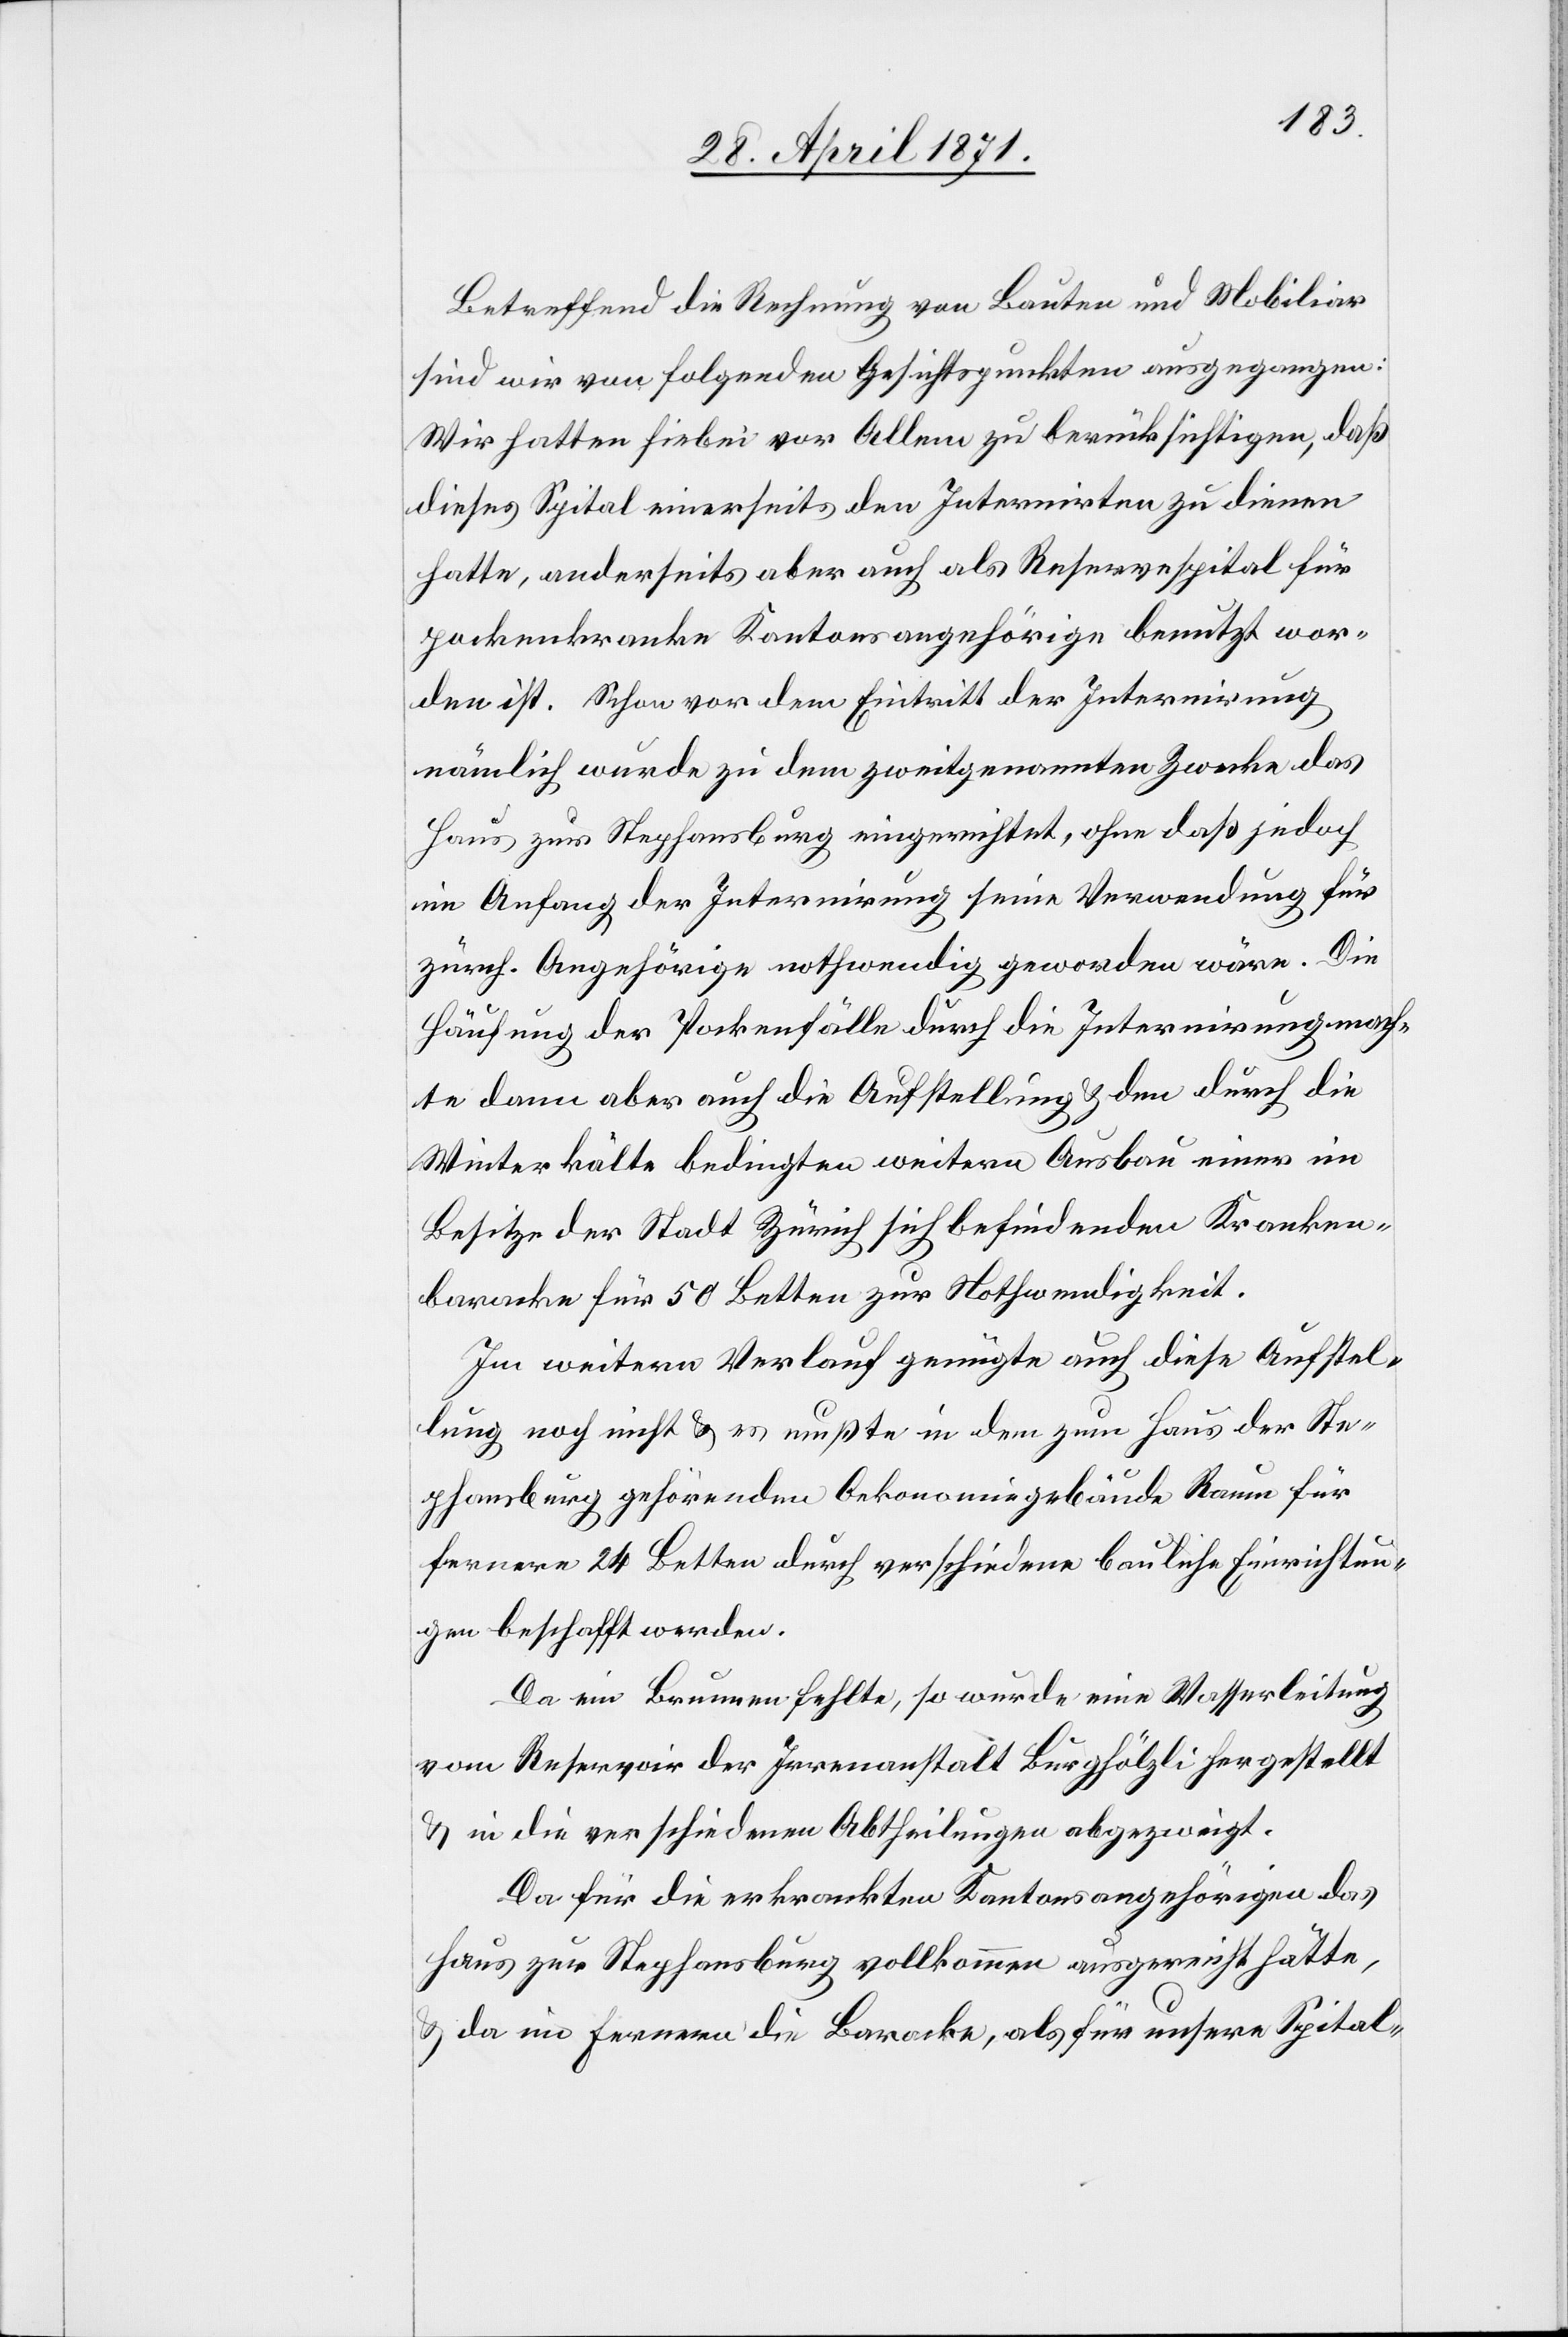
Betreffend die Rechnung von Bauten und Mobiliar
sind wir von folgenden Gesichtspunkten ausgegangen:
Wir hatten hiebei vor Allem zu berücksichtigen, daß
dieses Spital einerseits den Internirten zu dienen
hatte, anderseits aber auch als Reservespital für
pockenkranke Kantonsangehörige benutzt wor¬
den ist. Schon vor dem Eintritt der Internirung
nämlich wurde zu dem zweitgenannten Zwecke das
Haus zur Stephansburg eingerichtet, ohne daß jedoch
im Anfang der Internirung seine Verendung für
zürch. Angehörige nothwendig geworden wäre. Die
Häufung der Pockenfälle durch die Internirung mach¬
te dann aber auch die Aufstellung u. den durch die
Winterkälte bedingten weitern Ausbau einer im
Besitze der Stadt Zürich sich befindenden Kranken¬
baracke für 50 Betten zur Nothwendigkeit.
Im weitern Verlauf genügte auch diese Aufstel¬
lung noch nicht u. es mußte in dem zum Haus der Ste¬
phansburg gehörenden Oekonomiegebäude Raum für
fernere 24 Betten durch verschiedene bauliche Einrichtun¬
gen beschafft werden.
Da ein Brunnen fehlte, so wurde eine Wasserleitung
vom Reservoir der Irrenanstalt Burghölzli hergestellt
u. in die verschiedenen Abtheilungen abgezweigt.
Da für die erkrankten Kantonsangehörigen das
Haus zur Stephansburg vollkommen ausgereicht hätte,
u. da im fernern die Baracke, als für unsere Spital-